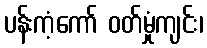
ပန်းကံ့ကော် ဝတ်မှုံကျင်း၊